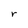
Character: r